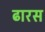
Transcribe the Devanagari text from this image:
ढारस